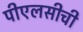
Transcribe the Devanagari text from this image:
पीएलसीची